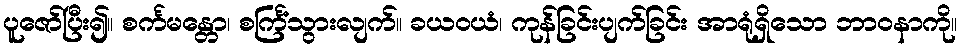
ပူဇော်ပြီး၍။ စင်္ကမန္တော၊ စင်္ကြံသွားလျက်။ ခယဝယံ၊ ကုန်ခြင်းပျက်ခြင်း အာရုံရှိသော ဘာဝနာကို။